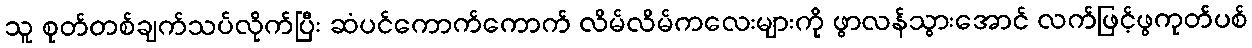
သူ စုတ်တစ်ချက်သပ်လိုက်ပြီး ဆံပင်ကောက်ကောက် လိမ်လိမ်ကလေးများကို ဖွာလန်သွားအောင် လက်ဖြင့်ဖွကုတ်ပစ်